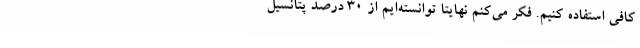
کافی استفاده کنیم. فکر می‌کنم نهایتا توانسته‌ایم از 30 درصد پتانسیل